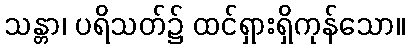
သန္တာ၊ ပရိသတ်၌ ထင်ရှားရှိကုန်သော။